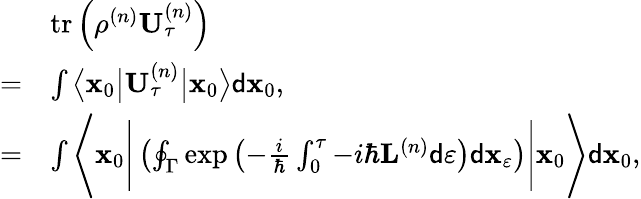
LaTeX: \begin{array}{rl}&{\operatorname{tr}\left(\rho^{\left(n\right)}\mathbf{U}_{\tau}^{\left(n\right)}\right)}\\ {=}&{\int\big\langle\mathbf{x}_{0}\big\vert\mathbf{U}_{\tau}^{\left(n\right)}\big\vert\mathbf{x}_{0}\big\rangle\mathsf{d}\mathbf{x}_{0},}\\ {=}&{\int\Bigg\langle\mathbf{x}_{0}\Bigg\vert\left(\oint_{\Gamma}\exp\left(-\frac{i}{\hbar}\int_{0}^{\tau}-i\hbar\mathbf{L}^{\left(n\right)}\mathsf{d}\varepsilon\right)\mathsf{d}\mathbf{x}_{\varepsilon}\right)\Bigg\vert\mathbf{x}_{0}\Bigg\rangle\mathsf{d}\mathbf{x}_{0},}\end{array}